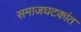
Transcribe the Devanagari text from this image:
समाजघटकांत